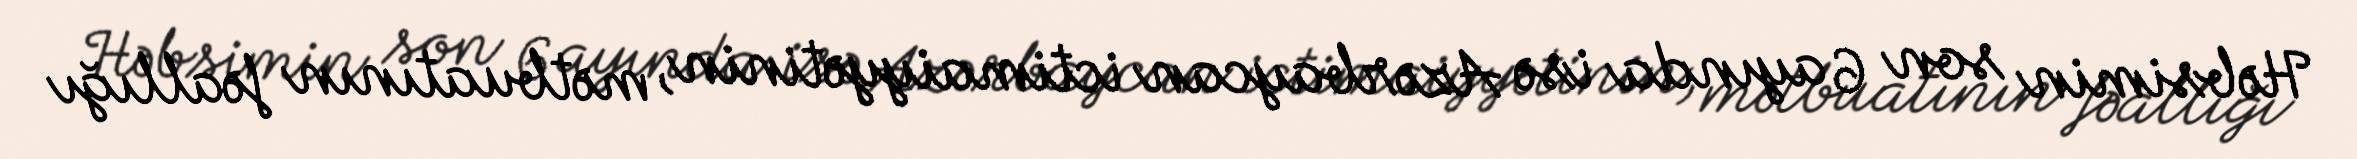
Həbsimin son 6 ayında isə Azərbaycan ictimaiyyətinin, mətbuatının fəallığı